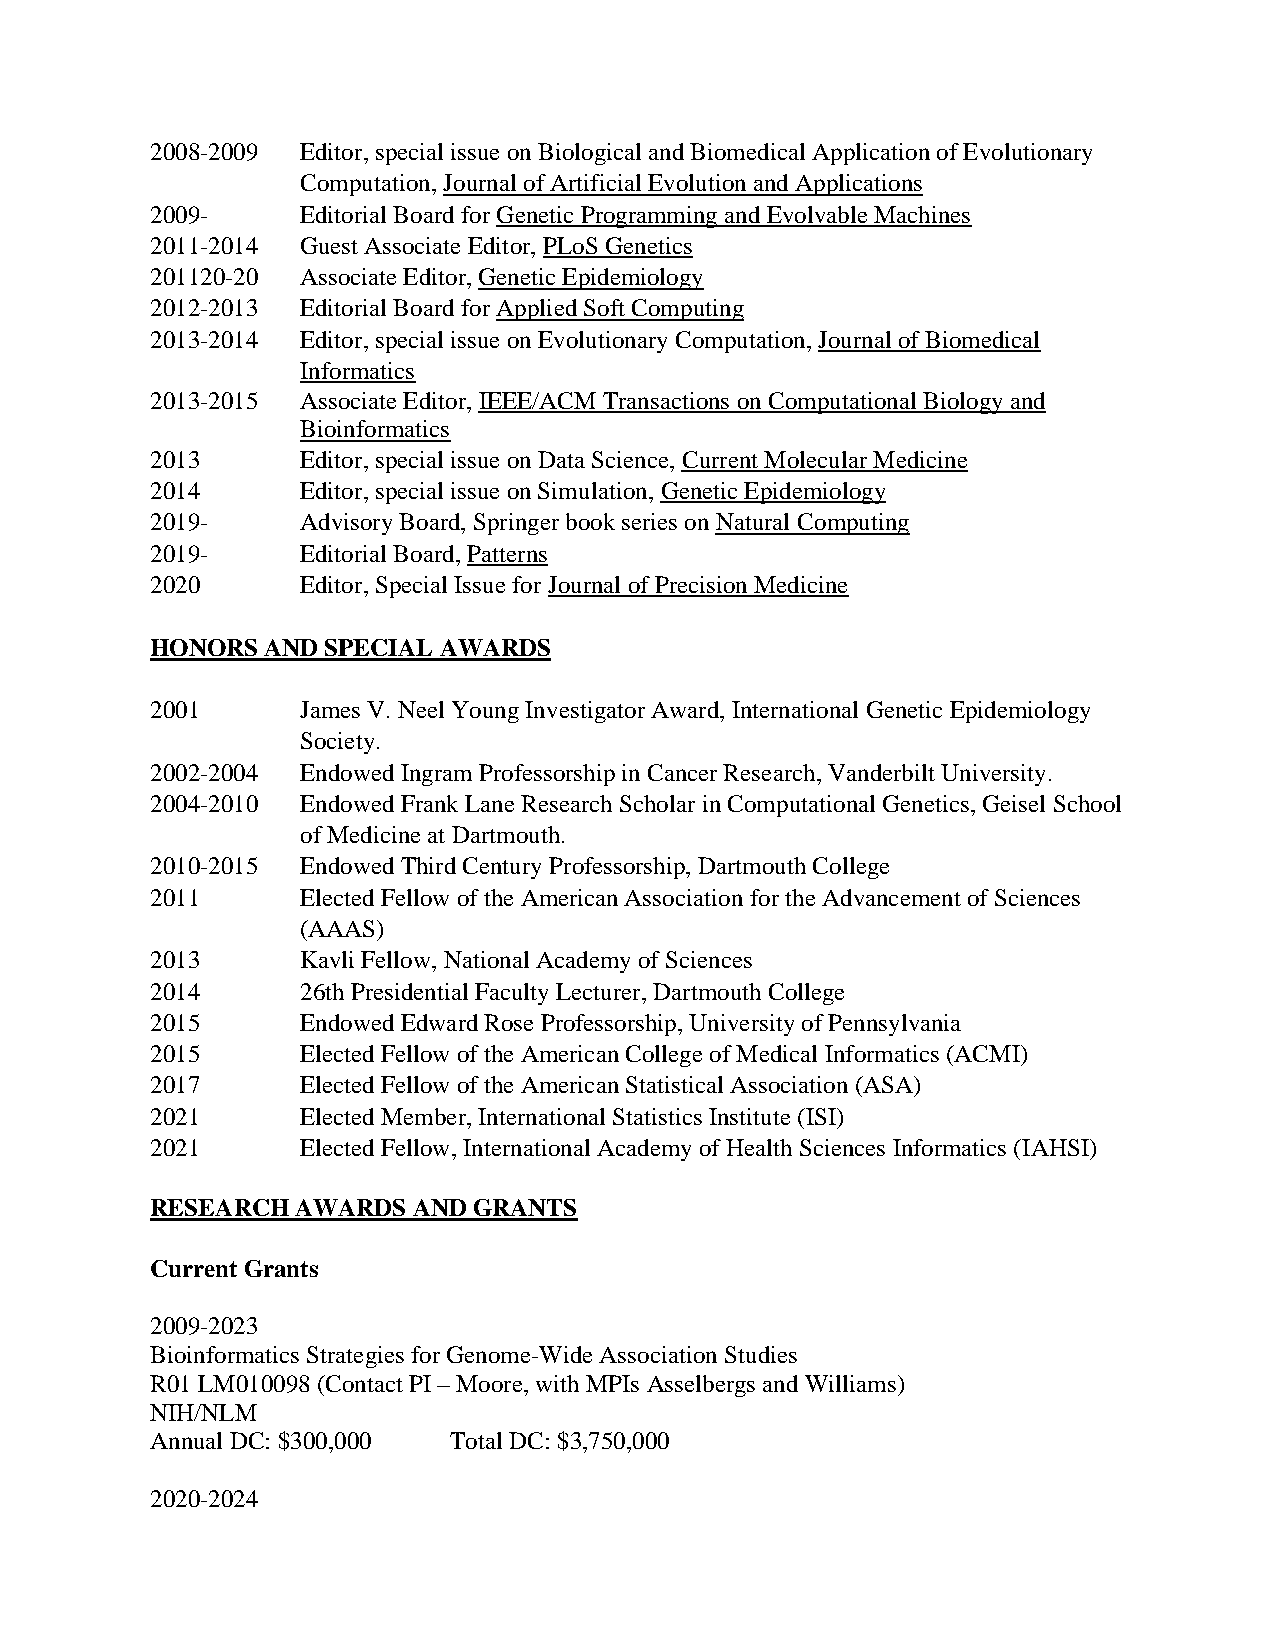
2008-2009 Editor, special issue on Biological and Biomedical Application of Evolutionary
 Computation, Journal of Artificial Evolution and Applications
 2009-     Editorial Board for Genetic Programming and Evolvable Machines
 2011-2014 Guest Associate Editor, PLoS Genetics
 201120-20 Associate Editor, Genetic Epidemiology
 2012-2013 Editorial Board for Applied Soft Computing
 2013-2014 Editor, special issue on Evolutionary Computation, Journal of Biomedical
 Informatics
 2013-2015 Associate Editor, IEEE/ACM Transactions on Computational Biology and
 Bioinformatics
 2013      Editor, special issue on Data Science, Current Molecular Medicine
 2014      Editor, special issue on Simulation, Genetic Epidemiology
 2019-     Advisory Board, Springer book series on Natural Computing
 2019-     Editorial Board, Patterns
 2020      Editor, Special Issue for Journal of Precision Medicine
 HONORS  AND SPECIAL AWARDS
 2001      James V. Neel Young Investigator Award, International Genetic Epidemiology
 Society.
 2002-2004 Endowed Ingram Professorship in Cancer Research, Vanderbilt University.
 2004-2010 Endowed Frank Lane Research Scholar in Computational Genetics, Geisel School
 of Medicine at Dartmouth.
 2010-2015 Endowed Third Century Professorship, Dartmouth College
 2011      Elected Fellow of the American Association for the Advancement of Sciences
 (AAAS)
 2013      Kavli Fellow, National Academy of Sciences
 2014      26th Presidential Faculty Lecturer, Dartmouth College
 2015      Endowed Edward Rose Professorship, University of Pennsylvania
 2015      Elected Fellow of the American College of Medical Informatics (ACMI)
 2017      Elected Fellow of the American Statistical Association (ASA)
 2021      Elected Member, International Statistics Institute (ISI)
 2021      Elected Fellow, International Academy of Health Sciences Informatics (IAHSI)
 RESEARCH  AWARDS AND GRANTS
 Current Grants
 2009-2023
 Bioinformatics Strategies for Genome-Wide Association Studies
 R01 LM010098 (Contact PI – Moore, with MPIs Asselbergs and Williams)
 NIH/NLM
 Annual DC: $300,000 Total DC: $3,750,000
 2020-2024